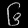
Digit: ၆